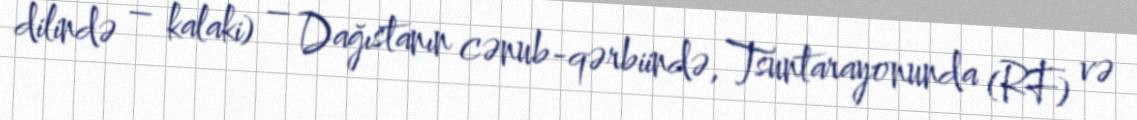
dilində – kalaki) – Dağıstanın cənub-qərbiində, Tsuntarayonunda (RF) və